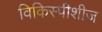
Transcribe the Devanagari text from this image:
विकिस्पीशीज